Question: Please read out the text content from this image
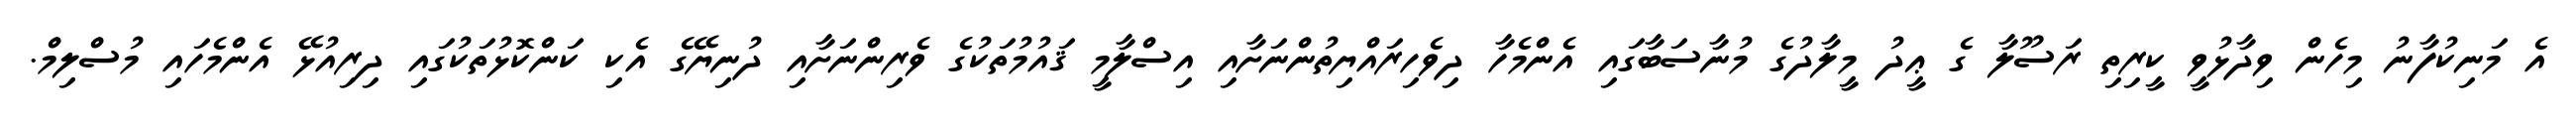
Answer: އެ މަނިކުފާނު މިހެން ވިދާޅުވީ ކީރިތި ރަސޫލާ ގެ ޢީދު މީލާދުގެ މުނާސަބާގައި އެންމެހާ ދިވެހިރައްޔިތުންނަށާއި އިސްލާމީ ޤައުމުތަކުގެ ވެރިންނަށާއި ދުނިޔޭގެ އެކި ކަންކޮޅުތަކުގައި ދިރިއުޅޭ އެންމެހައި މުސްލިމް.